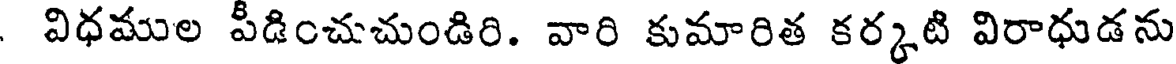
విధముల పీడించుచుండిరి. వారి కుమారిత కర్కటి విరాధుడను